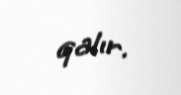
qalır.